Civil Veterinary Dept. North-West Frontier Province 1933-46 - 1933-1946
Year: 1933
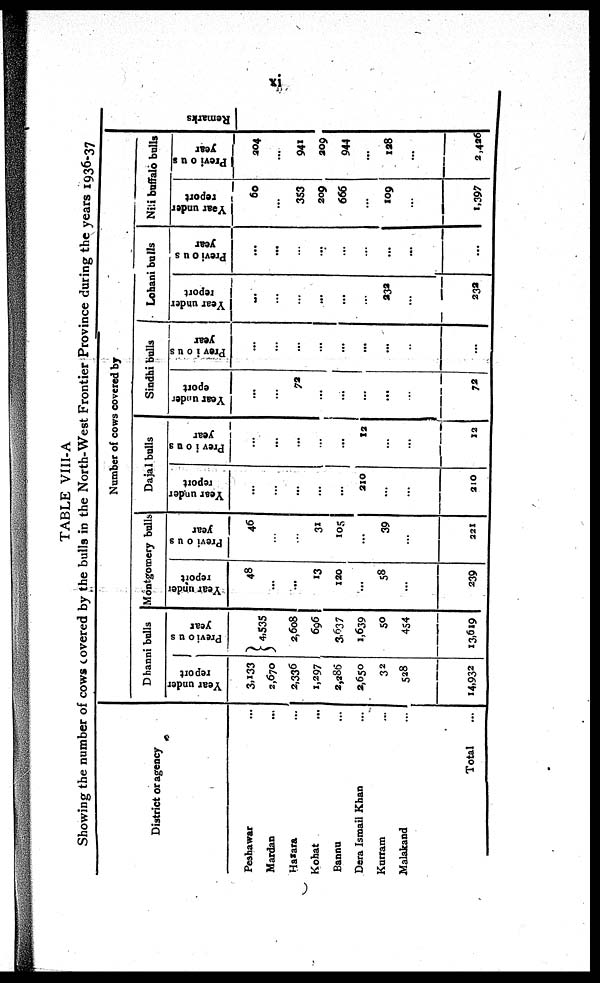
xi
TABLE VIII-A
Showing the number of cows covered by the bulls in the North-West Frontier Province during the years 1936-37
District or agency
Peshawar ...
Mardan ...
Hazara ...
Kohat ...
Bannu ...
Dera Ismail Khan ...
Kurram ...
Walakand ...
Total ...
Number of cows covered by
Dhanni bulls
Y ear under
report
3,133
2,670
2,336
1,297
2,286
2,650
32
528
14,932
Previous
year
4,535
2,608
696
3,637
1,639
50
454
13,619
Montgomery bulls
Year under
report
48
...
...
13
120
...
58
...
239
Previous
year
46
...
...
31
105
...
39
...
221
Dajal bulls
Year under
report
...
...
...
...
...
210
...
...
210
Previous
year
...
...
...
...
...
12
...
...
12
Sindhi bulls
Year under
eport
...
...
72
...
...
...
...
...
72
Previous
year
...
...
...
...
...
...
...
...
...
Lohani bulls
Year under
report
...
...
...
...
...
...
232
...
232
Previous
year
...
...
...
...
...
...
...
...
...
Nili buffalo bulls
Year under
report
60
...
353
209
666
...
109
...
1,397
Previous
year
204
...
941
209
944
...
128
...
2,426
Re ma r
ks